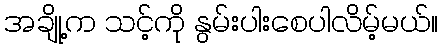
အချို့က သင့်ကို နွမ်းပါးစေပါလိမ့်မယ်။